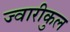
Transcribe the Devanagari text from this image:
ज्वारीकुल